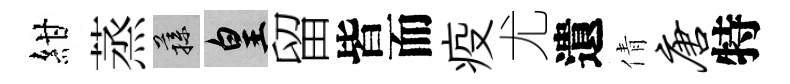
紺蒸蓀皇留皆而疫尤遺倩唐特